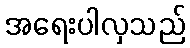
အရေးပါလှသည်